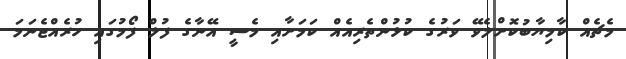
މެޗެއް ކާމިޔާބުކޮށްލެވޭ ވަރުގެ ކުޅުންތެރިއެއް ކަމަށާއި މެސީ އޭނާގެ ފުލް ފޯމުގައި ހުރެއްޖެނަމަ